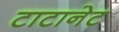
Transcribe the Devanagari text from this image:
टाटानेट